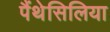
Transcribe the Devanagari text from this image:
पैंथेसिलिया